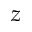
z